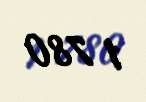
1 780